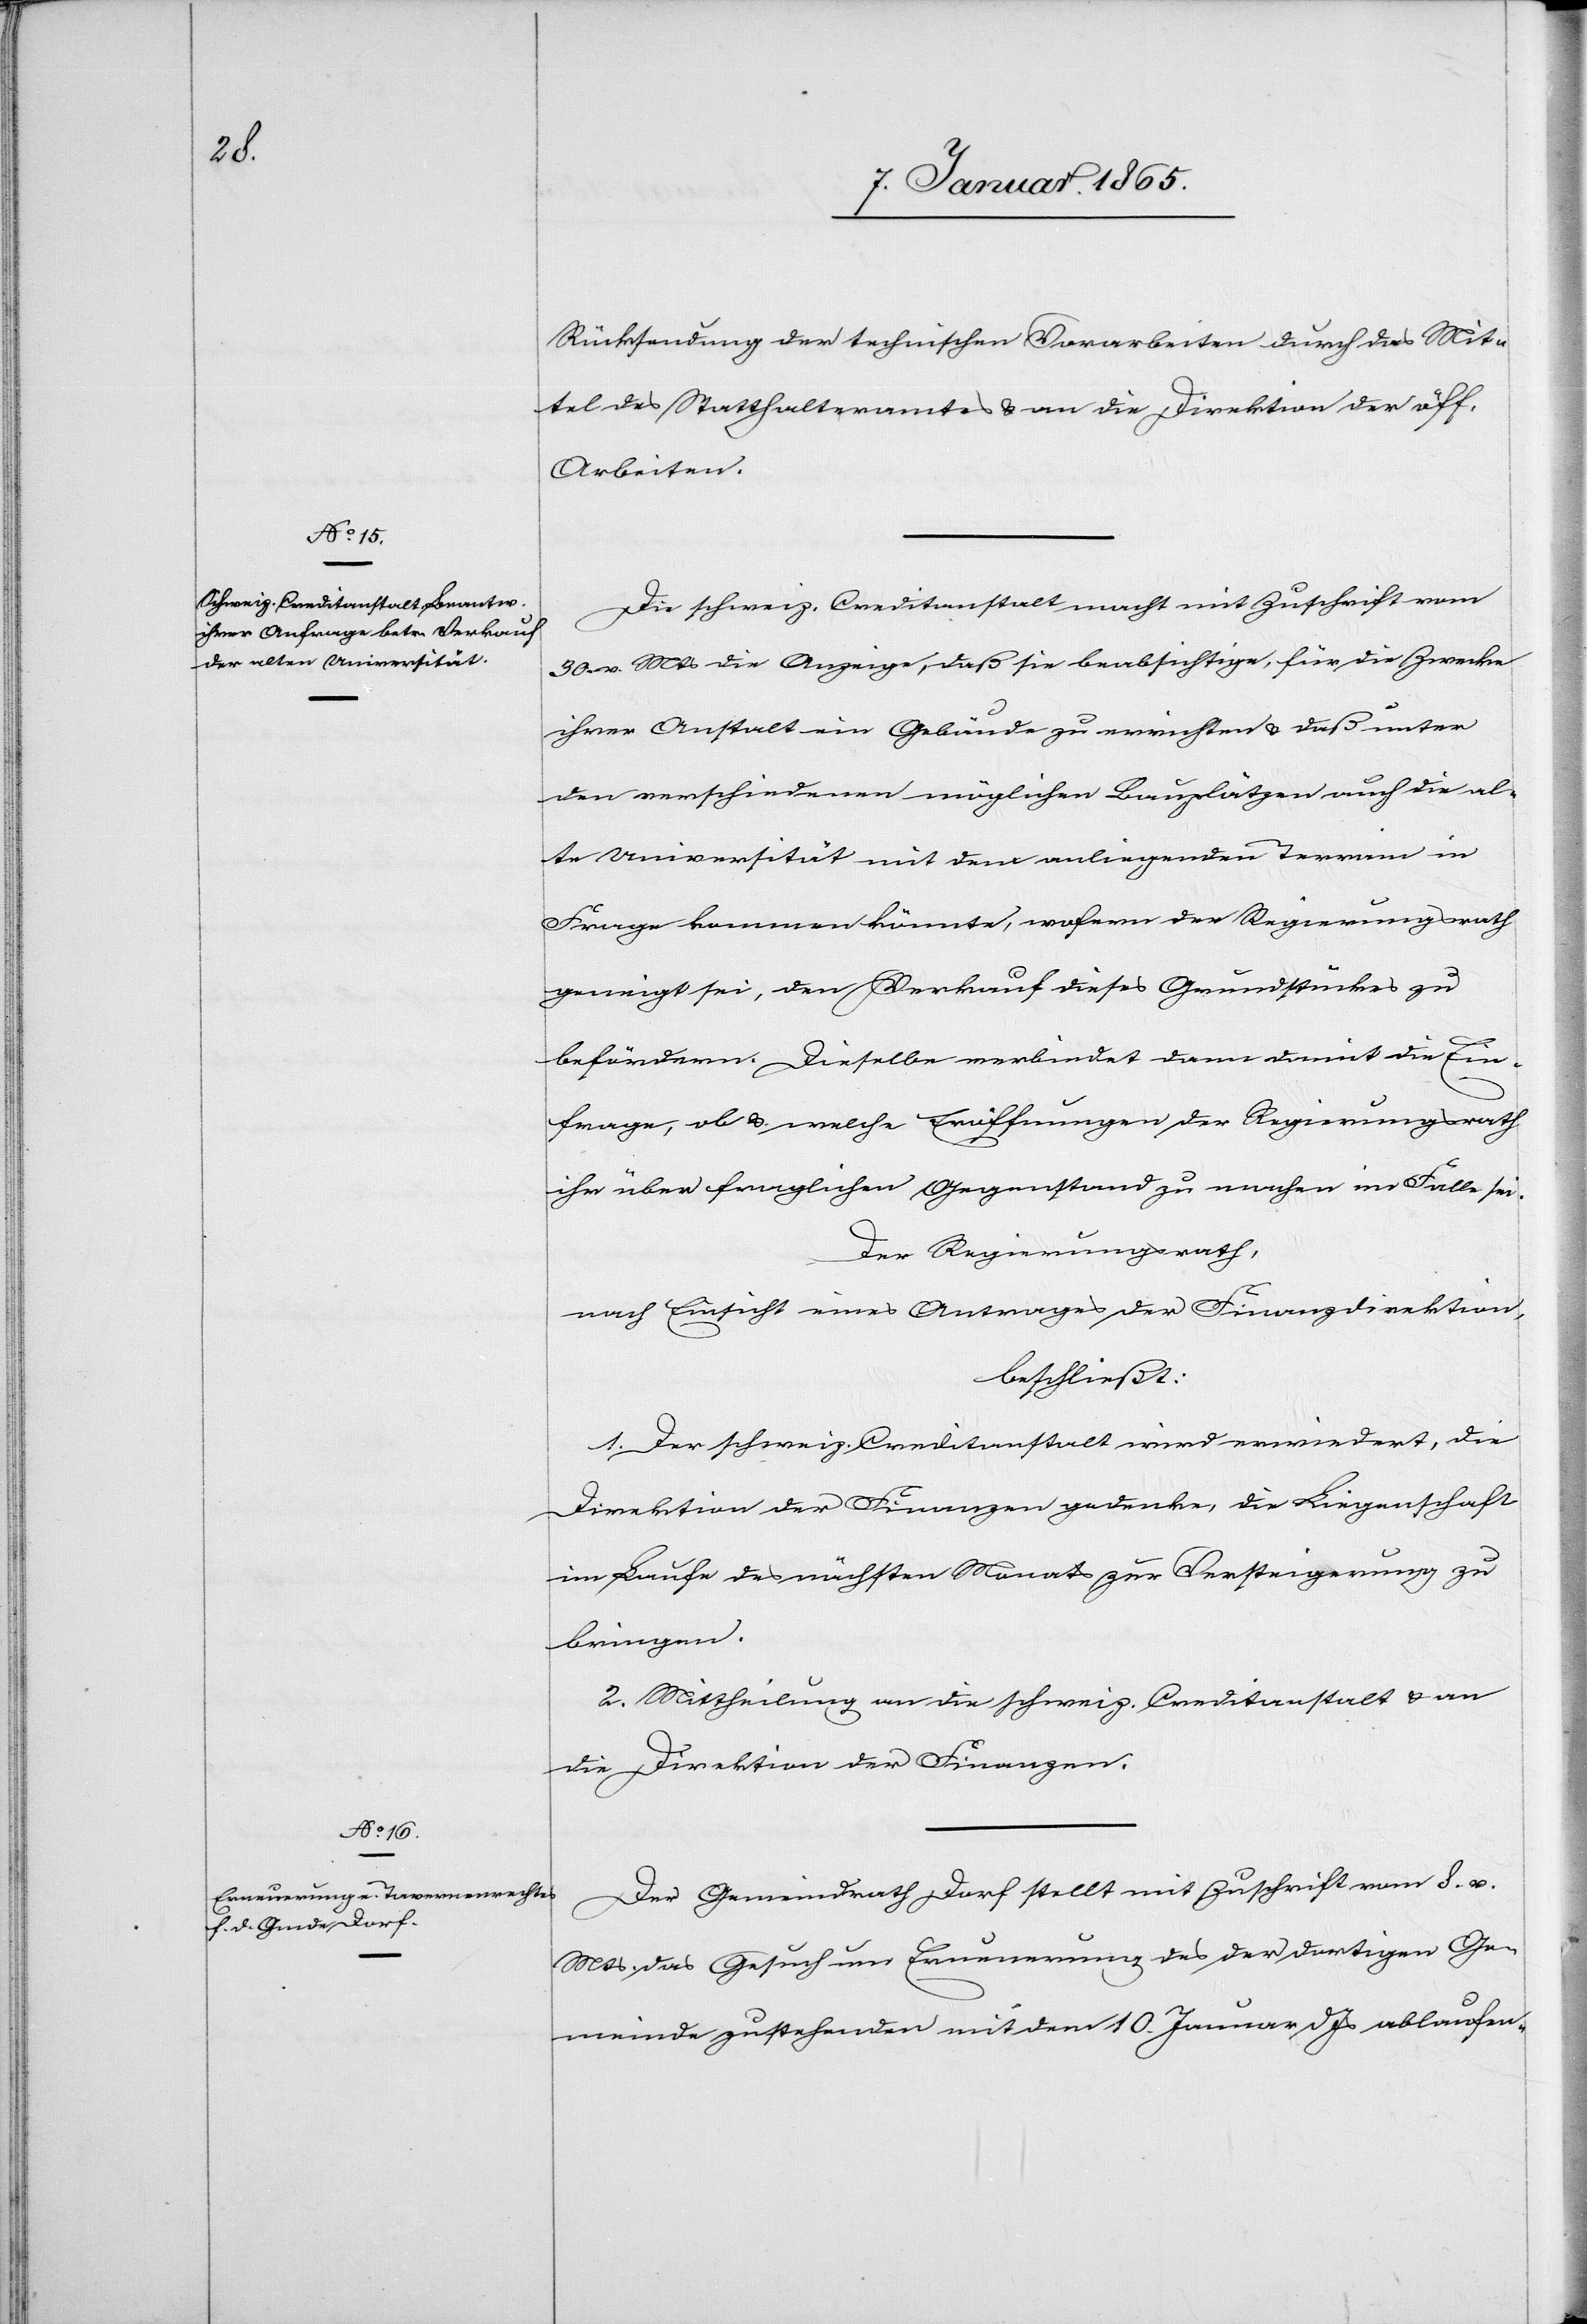
Rücksendung der technischen Vorarbeiten durch das Mit¬
tel des Statthalteramtes u. an die Direktion der öff.
Arbeiten.
Die schweiz. Creditanstalt macht mit Zuschrift vom
30. v. Mts die Anzeige, daß sie beabsichtige, für die Zwecke
ihrer Anstalt ein Gebäude zu errichten u. daß unter
den verschiedenen möglichen Bauplätzen auch die al¬
te Universität mit dem anliegenden Terrain in
Frage kommen könnte, wofern der Regierungsrath
geneigt sei, den Verkauf dieses Grundstückes zu
befördern. Dieselbe verbindet dann damit die Ein¬
frage, ob u. welche Eröffnungen der Regierungsrath
ihr über fraglichen Gegenstand zu machen im Falle sei.
Der Regierungsrath,
nach Einsicht eines Antrages der Finanzdirektion,
beschließt:
1. Der schweiz. Creditanstalt wird erwiedert, die
Direktion der Finanzen gedenke, die Liegenschaft
im Laufe des nächsten Monats zur Versteigerung zu
bringen.
2. Mittheilung an die schweiz. Creditanstalt u. an
die Direktion der Finanzen.
Der Gemeindrath Dorf stellt mit Zuschrift vom 8. v.
Mts. das Gesuch um Erneuerung des der dortigen Ge¬
meinde zustehenden mit dem 10. Januar d Js ablaufen-